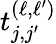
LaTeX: t_{j,j^{\prime}}^{\left(\ell,\ell^{\prime}\right)}